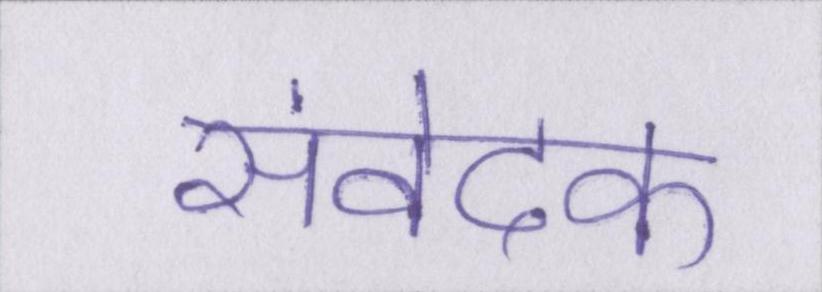
संवेदक